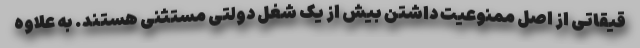
قیقاتی از اصل ممنوعیت داشتن بیش از یک شغل دولتی مستثنی هستند. به علاوه